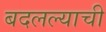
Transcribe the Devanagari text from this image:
बदलल्याची